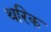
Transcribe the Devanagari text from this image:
थरिक